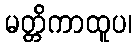
မတ္တိကာထူပ၊